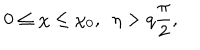
0 \leq \chi \leq \chi _ { 0 } , ~ ~ \eta > q { \frac { \pi } { 2 } } ,